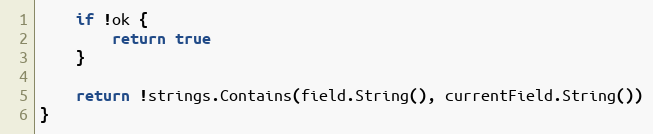
Language: Go
	if !ok {
		return true
	}

	return !strings.Contains(field.String(), currentField.String())
}